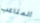
المتاعب